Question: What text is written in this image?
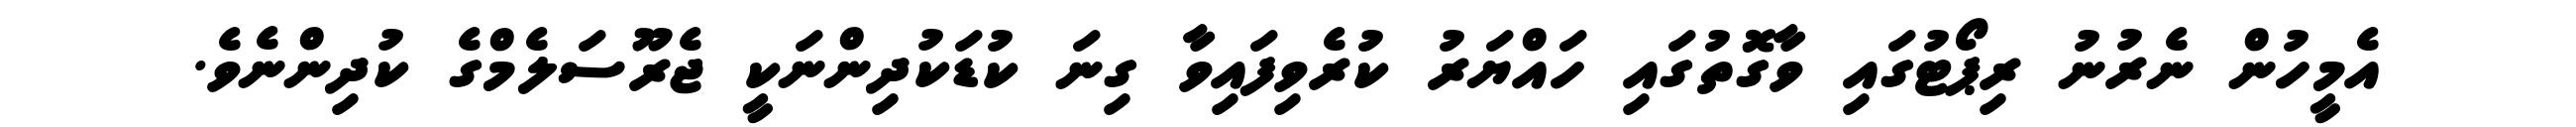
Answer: އެމީހުން ނެރުނު ރިޕޯޓުގައި ވާގޮތުގައި ހައްޔަރު ކުރެވިފައިވާ ގިނަ ކުޑަކުދިންނަކީ ޖެރޫސަލެމްގެ ކުދިންނެވެ.